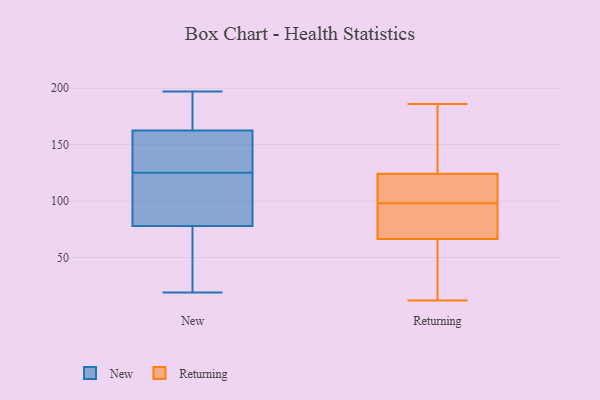
{"axis": {"x": "Page Views", "y": "Value"}, "legend": ["New", "Returning"], "data": [{"x": "", "y": 96, "type": "New"}, {"x": "", "y": 197, "type": "New"}, {"x": "", "y": 165, "type": "New"}, {"x": "", "y": 132, "type": "New"}, {"x": "", "y": 19, "type": "New"}, {"x": "", "y": 42, "type": "New"}, {"x": "", "y": 150, "type": "New"}, {"x": "", "y": 187, "type": "New"}, {"x": "", "y": 160, "type": "New"}, {"x": "", "y": 118, "type": "New"}, {"x": "", "y": 88, "type": "New"}, {"x": "", "y": 68, "type": "New"}, {"x": "", "y": 74, "type": "Returning"}, {"x": "", "y": 182, "type": "Returning"}, {"x": "", "y": 98, "type": "Returning"}, {"x": "", "y": 64, "type": "Returning"}, {"x": "", "y": 186, "type": "Returning"}, {"x": "", "y": 111, "type": "Returning"}, {"x": "", "y": 111, "type": "Returning"}, {"x": "", "y": 80, "type": "Returning"}, {"x": "", "y": 127, "type": "Returning"}, {"x": "", "y": 30, "type": "Returning"}, {"x": "", "y": 12, "type": "Returning"}, {"x": "", "y": 106, "type": "Returning"}, {"x": "", "y": 92, "type": "Returning"}, {"x": "", "y": 29, "type": "Returning"}, {"x": "", "y": 77, "type": "Returning"}, {"x": "", "y": 183, "type": "Returning"}, {"x": "", "y": 54, "type": "Returning"}, {"x": "", "y": 116, "type": "Returning"}, {"x": "", "y": 167, "type": "Returning"}]}